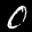
Label: 0